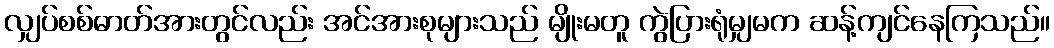
လျှပ်စစ်ဓာတ်အားတွင်လည်း အင်အားစုများသည် မျိုးမတူ ကွဲပြားရုံမျှမက ဆန့်ကျင်နေကြသည်။